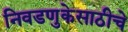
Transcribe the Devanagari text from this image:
निवडणुकेसाठीचे